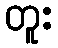
တူး